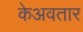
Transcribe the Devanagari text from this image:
केअवतार